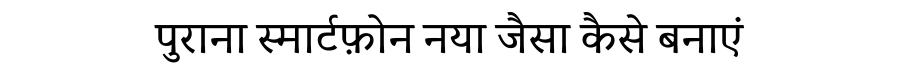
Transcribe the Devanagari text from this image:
पुराना स्मार्टफ़ोन नया जैसा कैसे बनाएं